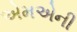
એમએની